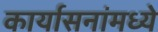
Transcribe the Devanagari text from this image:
कार्यासनांमध्ये